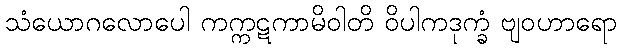
သံယောဂလောပေါ ကက္ကဋကာမိဝါတိ ဝိပါကဒုက္ခံ ဗျဝဟာရော